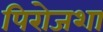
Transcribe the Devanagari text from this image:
पिरोजशा